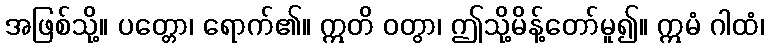
အဖြစ်သို့။ ပတ္တော၊ ရောက်၏။ ဣတိ ဝတွာ၊ ဤသို့မိန့်တော်မူ၍။ ဣမံ ဂါထံ၊